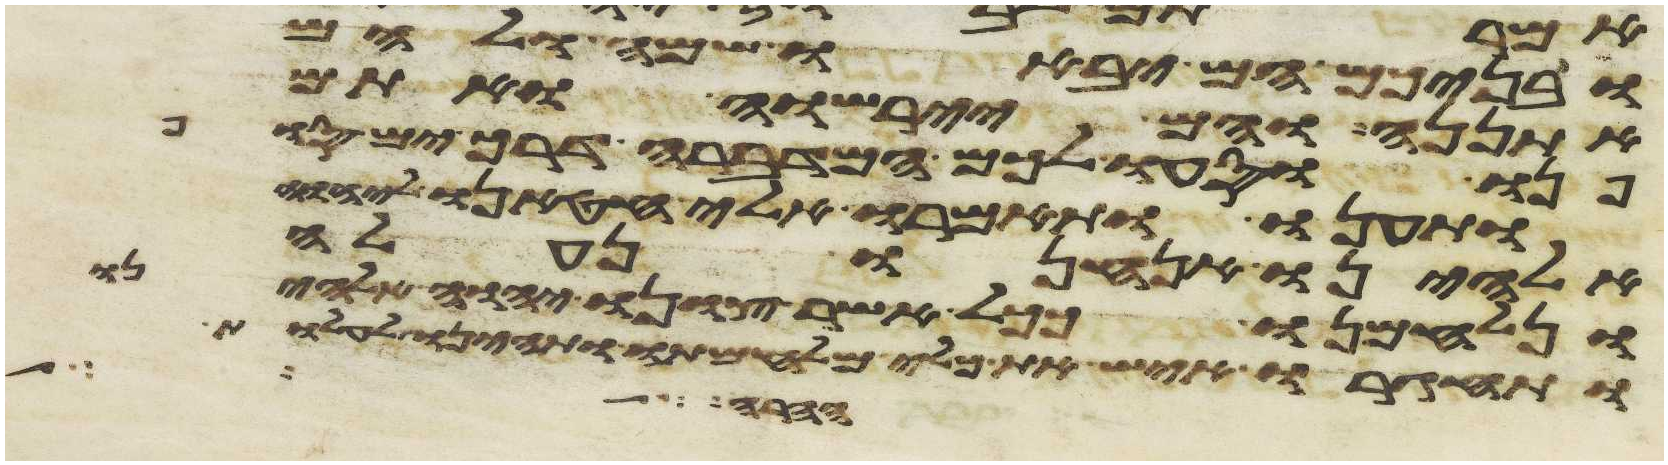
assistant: ובניכם הם יבאו שם ולהם
אתננה והם יירשוה ואתם
פנו וסעו לכם המדברה דרך ים סוף
ותענו ותאמרו אלי חטאנו ליהוה
אלהינו אנחנו נעלה
ונלחמנו ככל אשר צונו יהוה אלהינו
ותחגרו איש את כלי מלחמתו ותהיינו
חרה לך